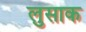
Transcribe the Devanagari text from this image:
लुसाक